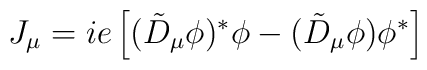
J_\mu = ie \left[ (\tilde{D}_\mu \phi)^* \phi - (\tilde{D}_\mu \phi)  \phi^* \right]